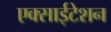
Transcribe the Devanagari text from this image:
एक्साईटेशन